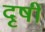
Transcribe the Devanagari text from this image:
दृषी